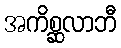
အကိစ္ဆလာဘီ